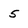
Character: 5